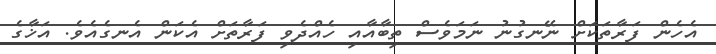
އެހެން ފަރާތަކަށް ނޭނގުނު ނަމަވެސް ތިބާއާއި ހެއްދެވި ފަރާތަށް އެކަން އެނގެއެވެ. އަޚާގެ